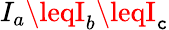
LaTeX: I_{a}\leqI_{b}\leqI_{\mathtt{c}}